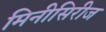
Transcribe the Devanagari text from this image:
मिनीसिरीज